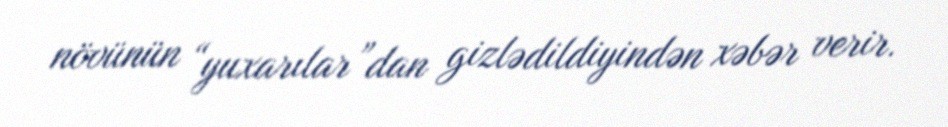
növünün “yuxarılar”dan gizlədildiyindən xəbər verir.